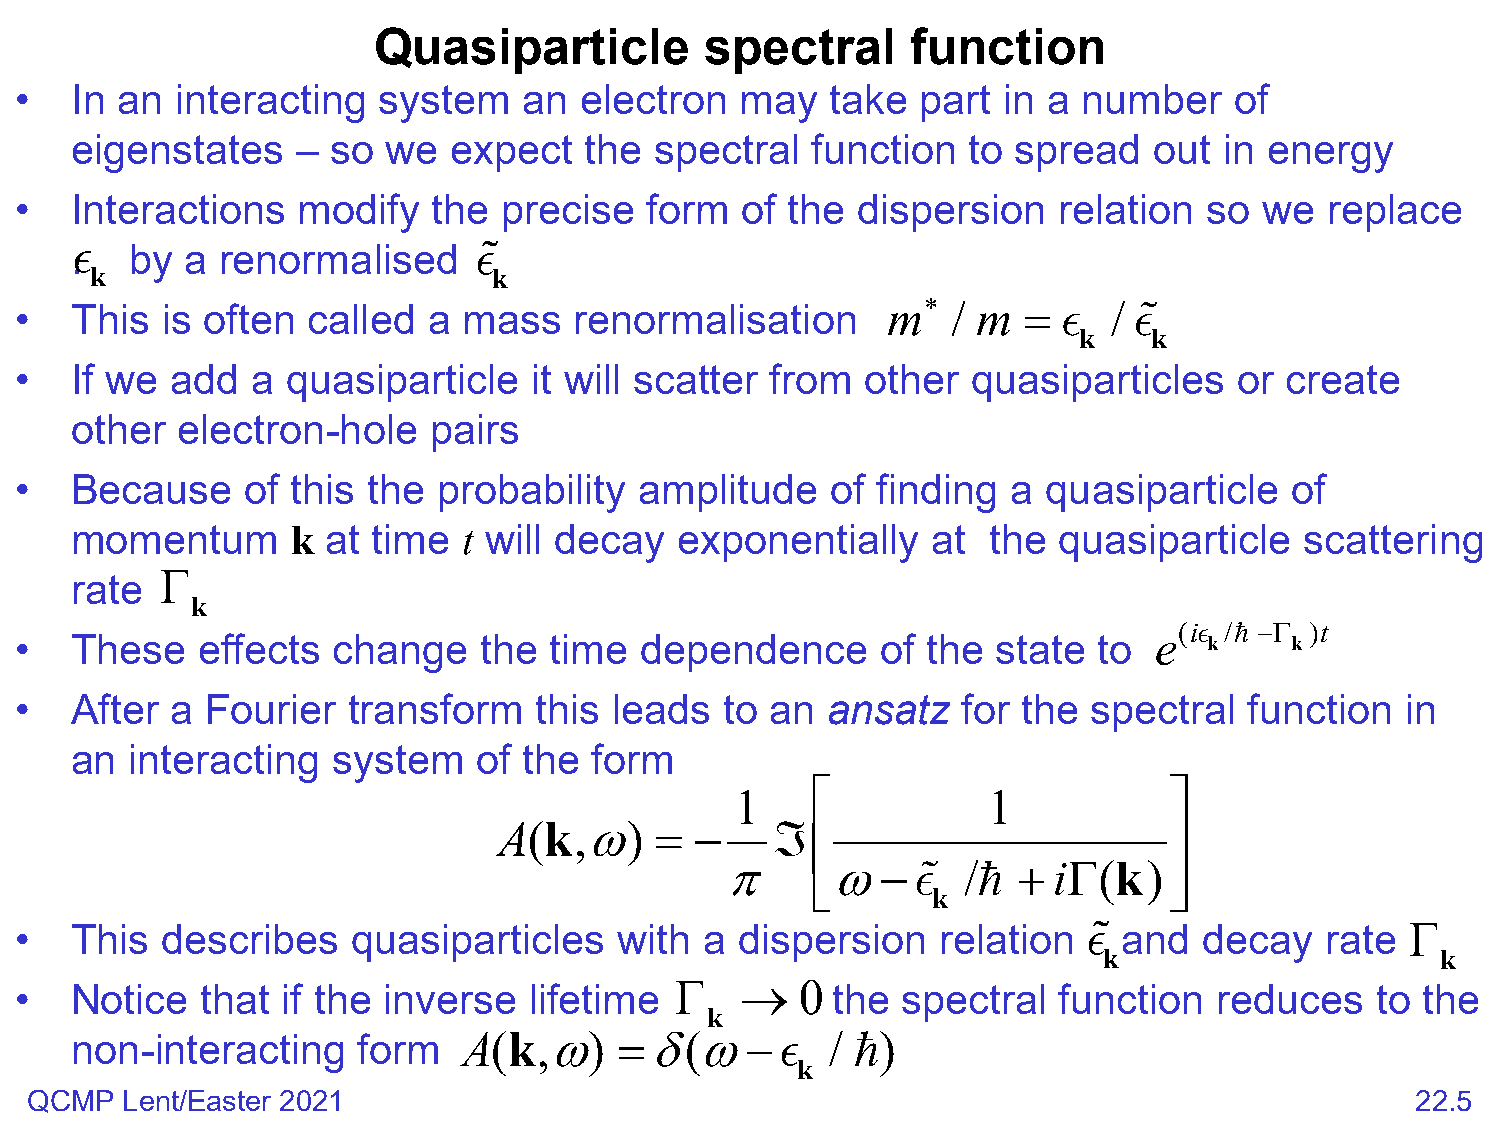
Quasiparticle         spectral     function
 •   In an  interacting  system    an electron   may   take  part in a  number    of
 eigenstates    – so  we  expect   the spectral   function  to spread   out  in energy
 •   Interactions   modify   the precise   form  of the  dispersion   relation  so  we  replace
 .  by a renormalised     
 k                          k
 •   This  is often called  a  mass   renormalisation      m∗  / m  =    / 
 k    k
 •   If we add   a quasiparticle   it will scatter from  other  quasiparticles    or create
 other  electron-hole   pairs
 •   Because    of this the  probability  amplitude    of finding  a quasiparticle   of
 momentum      k  at time  t will decay  exponentially    at  the quasiparticle   scattering
 Γ
 rate
 k
 •   These   effects  change    the time  dependence      of the  state  to
 e(i k/ −Γ k)t
 •   After a  Fourier  transform   this  leads  to an  ansatz   for the spectral   function  in
 an  interacting  system    of the form
                       
 1               1
 A(k,ω)    =  −    ℑ
                       
 π     ω−     /
 
 +  iΓ(k)
 
 k
 •   This  describes   quasiparticles    with  a dispersion   relation    and decay   rate Γ
 k                     k
 Γ   →   0
 •   Notice  that  if the inverse  lifetime            the  spectral  function   reduces   to the
 k
 non-interacting    form   A ( k , ω ) = δ ( ω −  / )
 k
 QCMP  Lent/Easter 2021                                                                      22.5